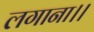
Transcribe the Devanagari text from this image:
लगाना।।